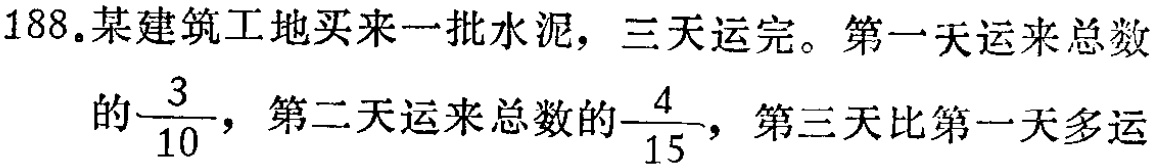
188.某建筑工地买来一批水泥，三天运完。第一天运来总数

的$\frac{3}{10}$，第二天运来总数的$\frac{4}{15}$，第三天比第一天多运